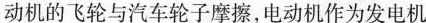
动机的飞轮与汽车轮子摩擦，电动机作为发电机